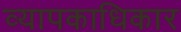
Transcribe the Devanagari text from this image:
व्यापकाधिकार